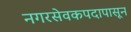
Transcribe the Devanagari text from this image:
नगरसेवकपदापासून